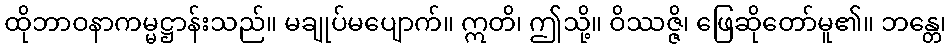
ထိုဘာဝနာကမ္မဋ္ဌာန်းသည်။ မချုပ်မပျောက်။ ဣတိ၊ ဤသို့။ ဝိဿဇ္ဇိ၊ ဖြေဆိုတော်မူ၏။ ဘန္တေ၊